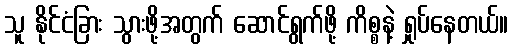
သူ နိုင်ငံခြား သွားဖို့အတွက် ဆောင်ရွက်ဖို့ ကိစ္စနဲ့ ရှုပ်နေတယ်။